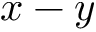
x - y